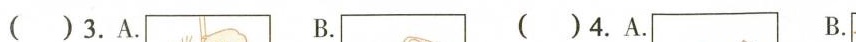
( )3.A. B. ( )4.A. B.